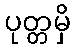
ပုတ္တမှိ